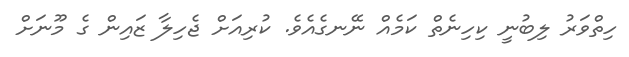
ހިތްވަރު ލިބުނީ ކިހިނެތް ކަމެއް ނޭނގެއެވެ. ކުރިއަށް ޖެހިލާ ޒައިން ގެ މޫނަށް